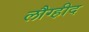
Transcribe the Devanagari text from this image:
लौग्हीद